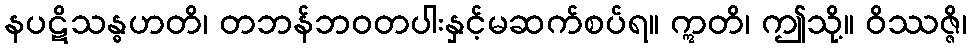
နပဋိသန္ဓဟတိ၊ တဘန်ဘဝတပါးနှင့်မဆက်စပ်ရ။ ဣတိ၊ ဤသို့။ ဝိဿဇ္ဇိ၊